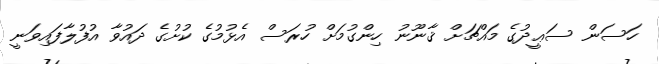
ހަސަން ސަޢީދުގެ މައްޗަށް ޤާނޫނު ހިންގުމަށް ހުރަސް އެޅުމުގެ ކުށުގެ ދައުވާ އުފުލާފައިވަނީ